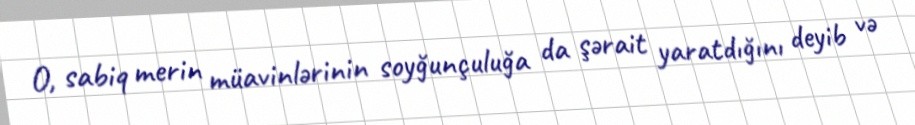
O, sabiq merin müavinlərinin soyğunçuluğa da şərait yaratdığını deyib və